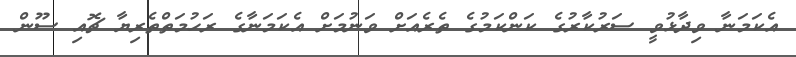
އެކަމަނާ ވިދާޅުވީ ސަރުކާރުގެ ކަންކަމުގެ ތެރެއަށް ވަނުމަށް އެކަމަނާގެ ރަހުމަތްތެރިޔާ ޗޮއި ސޫން